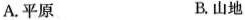
A.平原 B.山地